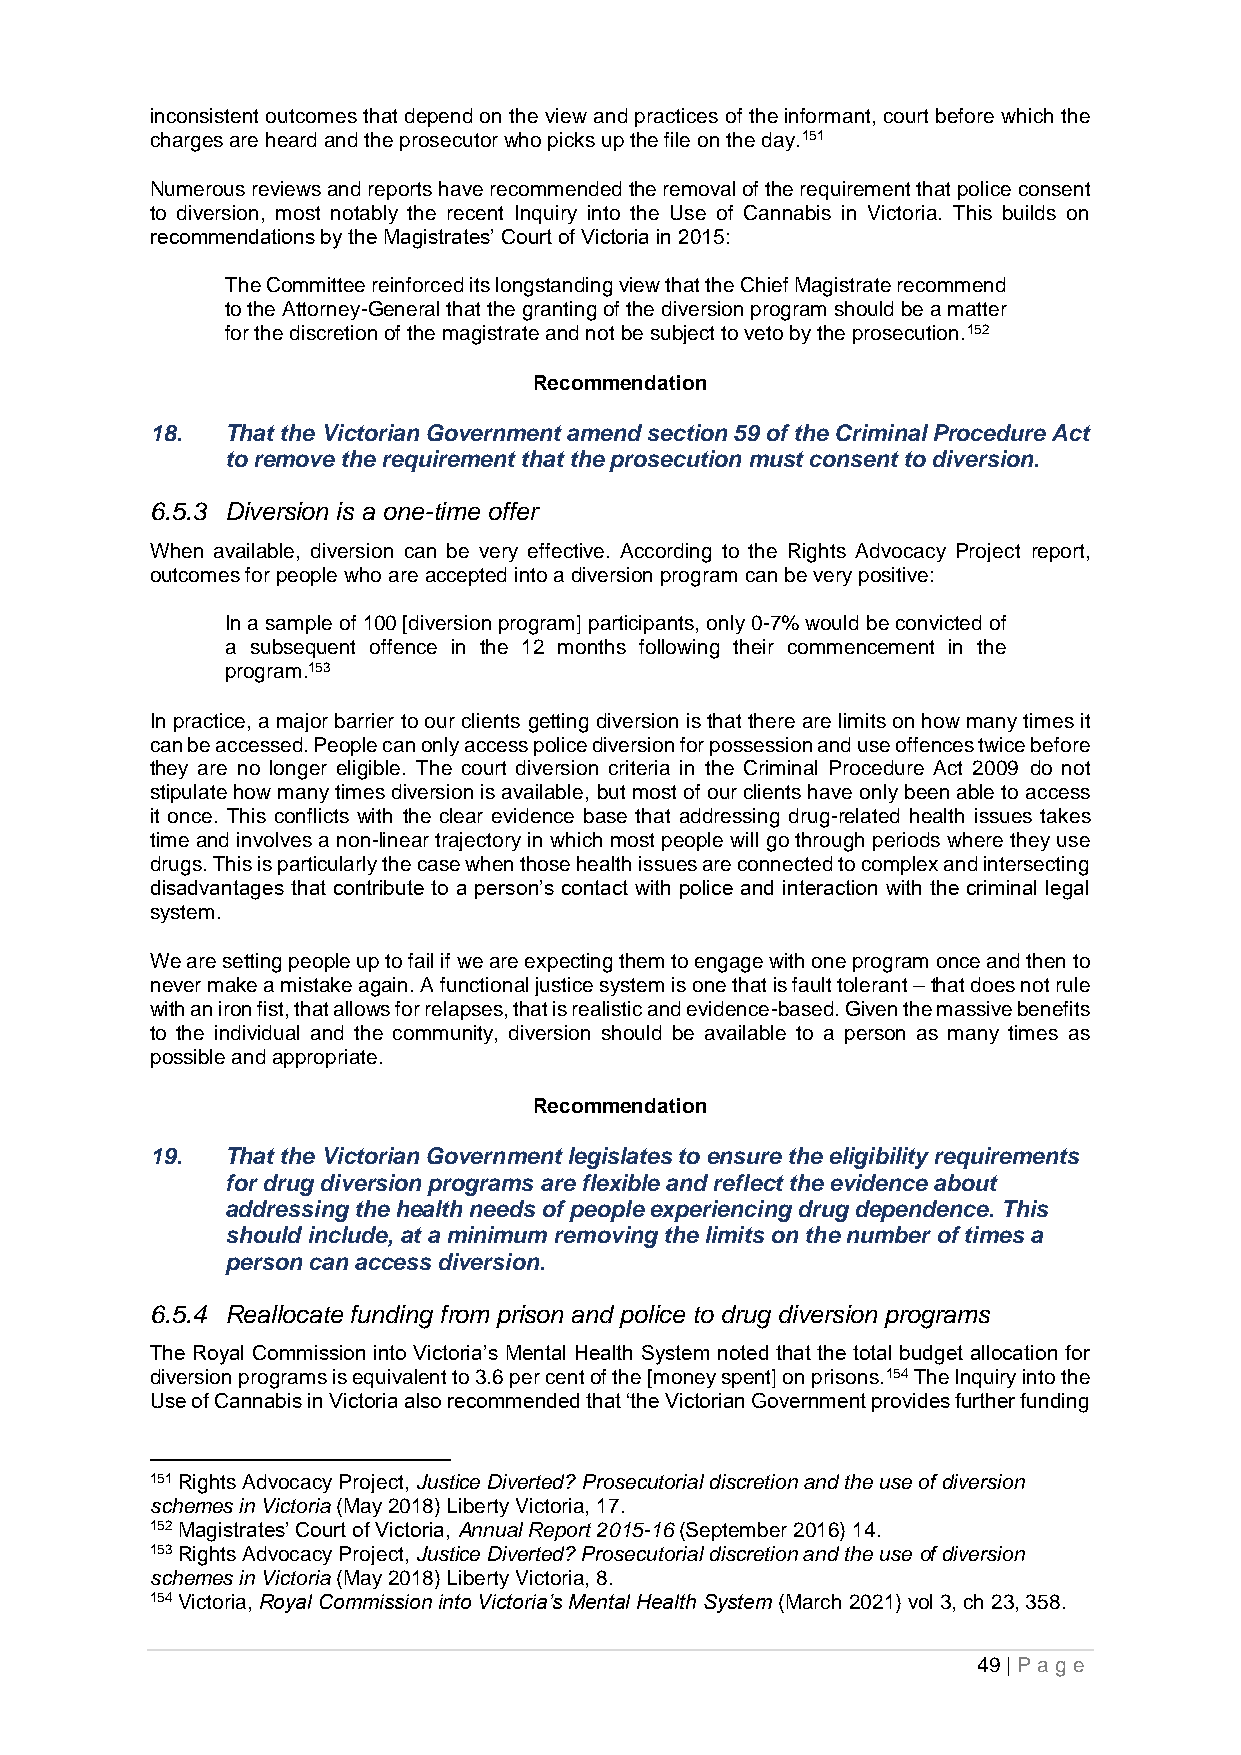
inconsistent outcomes that depend on the view and practices of the informant, court before which the
 charges are heard and the prosecutor who picks up the file on the day.151
 Numerous reviews and reports have recommended the removal of the requirement that police consent
 to diversion, most notably the recent Inquiry into the Use of Cannabis in Victoria. This builds on
 recommendations by the Magistrates’ Court of Victoria in 2015:
 The Committee reinforced its longstanding view that the Chief Magistrate recommend
 to the Attorney-General that the granting of the diversion program should be a matter
 for the discretion of the magistrate and not be subject to veto by the prosecution.152
 Recommendation
 18.  That the Victorian Government amend section 59 of the Criminal Procedure Act
 to remove the requirement that the prosecution must consent to diversion.
 6.5.3 Diversion is a one-time offer
 When available, diversion can be very effective. According to the Rights Advocacy Project report,
 outcomes for people who are accepted into a diversion program can be very positive:
 In a sample of 100 [diversion program] participants, only 0-7% would be convicted of
 a subsequent offence in the 12 months following their commencement in the
 program.153
 In practice, a major barrier to our clients getting diversion is that there are limits on how many times it
 can be accessed. People can only access police diversion for possession and use offences twice before
 they are no longer eligible. The court diversion criteria in the Criminal Procedure Act 2009 do not
 stipulate how many times diversion is available, but most of our clients have only been able to access
 it once. This conflicts with the clear evidence base that addressing drug-related health issues takes
 time and involves a non-linear trajectory in which most people will go through periods where they use
 drugs. This is particularly the case when those health issues are connected to complex and intersecting
 disadvantages that contribute to a person’s contact with police and interaction with the criminal legal
 system.
 We are setting people up to fail if we are expecting them to engage with one program once and then to
 never make a mistake again. A functional justice system is one that is fault tolerant – that does not rule
 with an iron fist, that allows for relapses, that is realistic and evidence-based. Given the massive benefits
 to the individual and the community, diversion should be available to a person as many times as
 possible and appropriate.
 Recommendation
 19.  That the Victorian Government legislates to ensure the eligibility requirements
 for drug diversion programs are flexible and reflect the evidence about
 addressing the health needs of people experiencing drug dependence. This
 should include, at a minimum removing the limits on the number of times a
 person can access diversion.
 6.5.4 Reallocate funding from prison and police to drug diversion programs
 The Royal Commission into Victoria’s Mental Health System noted that the total budget allocation for
 diversion programs is equivalent to 3.6 per cent of the [money spent] on prisons.154 The Inquiry into the
 Use of Cannabis in Victoria also recommended that ‘the Victorian Government provides further funding
 151 Rights Advocacy Project, Justice Diverted? Prosecutorial discretion and the use of diversion
 schemes in Victoria (May 2018) Liberty Victoria, 17.
 152 Magistrates’ Court of Victoria, Annual Report 2015-16 (September 2016) 14.
 153 Rights Advocacy Project, Justice Diverted? Prosecutorial discretion and the use of diversion
 schemes in Victoria (May 2018) Liberty Victoria, 8.
 154 Victoria, Royal Commission into Victoria’s Mental Health System (March 2021) vol 3, ch 23, 358.
 49 | P age